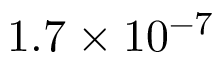
1 . 7 \times 1 0 ^ { - 7 }